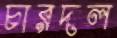
চারদল